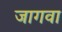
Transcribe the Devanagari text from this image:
जागवा